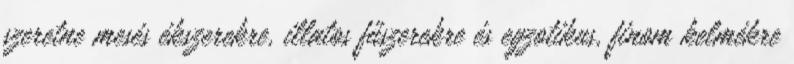
szeretne mesés ékszerekre, illatos fűszerekre és egzotikus, finom kelmékre